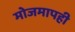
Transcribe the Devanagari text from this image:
मोजमापही